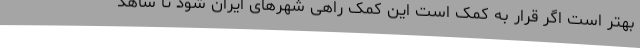
بهتر است اگر قرار به کمک است این کمک راهی شهرهای ایران شود تا شاهد